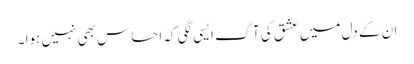
ان کے دل میں عشق کی آگ ایسی لگی کہ احساس بھی نہیں ہوا ۔